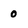
Character: 0